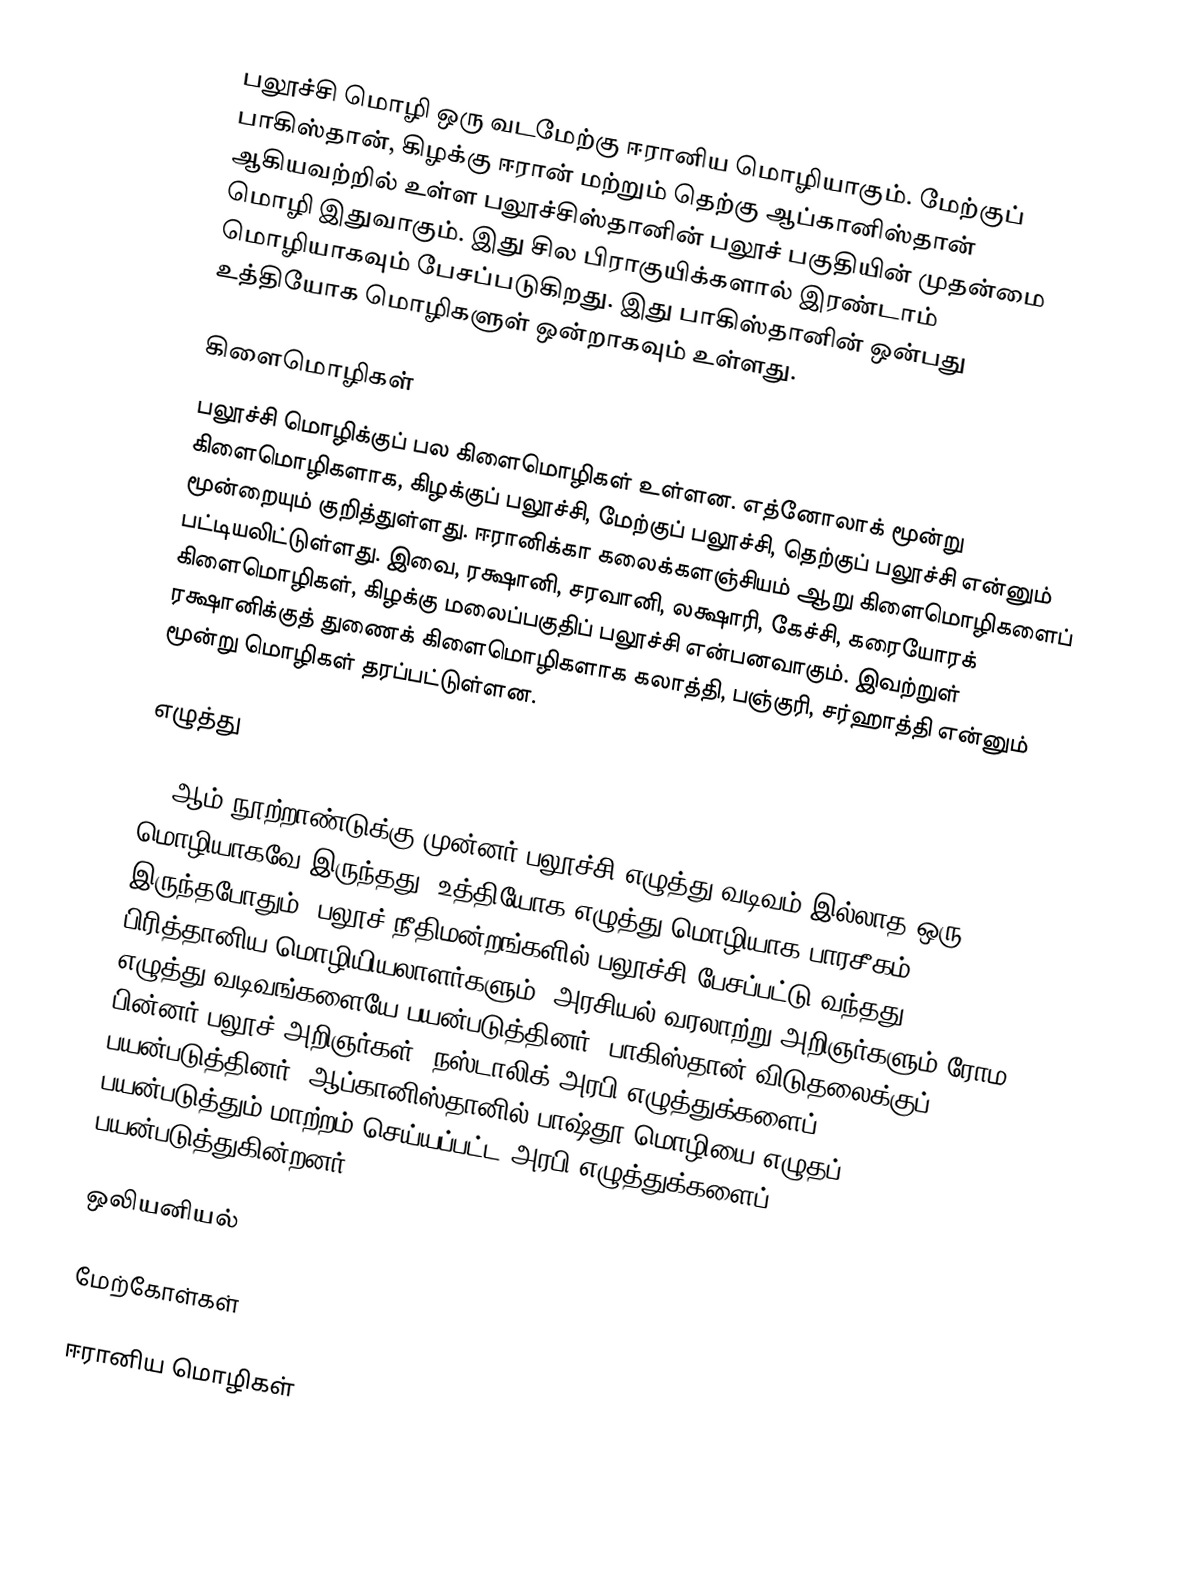
பலூச்சி மொழி ஒரு வடமேற்கு ஈரானிய மொழியாகும். மேற்குப் பாகிஸ்தான், கிழக்கு ஈரான் மற்றும் தெற்கு ஆப்கானிஸ்தான் ஆகியவற்றில் உள்ள பலூச்சிஸ்தானின் பலூச் பகுதியின் முதன்மை மொழி இதுவாகும். இது சில பிராகுயிக்களால் இரண்டாம் மொழியாகவும் பேசப்படுகிறது. இது பாகிஸ்தானின் ஒன்பது உத்தியோக மொழிகளுள் ஒன்றாகவும் உள்ளது.

கிளைமொழிகள்
பலூச்சி மொழிக்குப் பல கிளைமொழிகள் உள்ளன. எத்னோலாக் மூன்று கிளைமொழிகளாக, கிழக்குப் பலூச்சி, மேற்குப் பலூச்சி, தெற்குப் பலூச்சி என்னும் மூன்றையும் குறித்துள்ளது. ஈரானிக்கா கலைக்களஞ்சியம் ஆறு கிளைமொழிகளைப் பட்டியலிட்டுள்ளது. இவை, ரக்ஷானி, சரவானி, லக்ஷாரி, கேச்சி, கரையோரக் கிளைமொழிகள், கிழக்கு மலைப்பகுதிப் பலூச்சி என்பனவாகும். இவற்றுள் ரக்ஷானிக்குத் துணைக் கிளைமொழிகளாக கலாத்தி, பஞ்குரி, சர்ஹாத்தி என்னும் மூன்று மொழிகள் தரப்பட்டுள்ளன.

எழுத்து

19 ஆம் நூற்றாண்டுக்கு முன்னர் பலூச்சி எழுத்து வடிவம் இல்லாத ஒரு மொழியாகவே இருந்தது. உத்தியோக எழுத்து மொழியாக பாரசீகம் இருந்தபோதும், பலூச் நீதிமன்றங்களில் பலூச்சி பேசப்பட்டு வந்தது. பிரித்தானிய மொழியியலாளர்களும், அரசியல் வரலாற்று அறிஞர்களும் ரோம எழுத்து வடிவங்களையே பயன்படுத்தினர். பாகிஸ்தான் விடுதலைக்குப் பின்னர் பலூச் அறிஞர்கள், நஸ்டாலிக் அரபி எழுத்துக்களைப் பயன்படுத்தினர். ஆப்கானிஸ்தானில் பாஷ்தூ மொழியை எழுதப் பயன்படுத்தும் மாற்றம் செய்யப்பட்ட அரபி எழுத்துக்களைப் பயன்படுத்துகின்றனர்.

ஒலியனியல்

மேற்கோள்கள்

ஈரானிய மொழிகள்